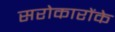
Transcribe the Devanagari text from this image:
सरोकारोंके